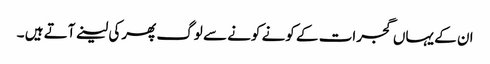
ان کے یہاں گجرات کے کونے کونے سے لوگ پھرکی لینے آتے ہیں ۔